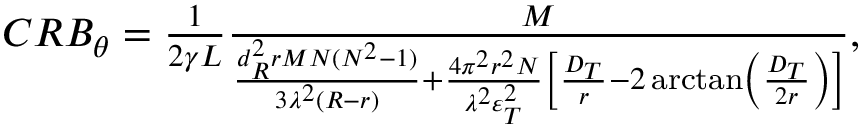
\begin{array} { r } { C R { B _ { \theta } } = \frac { 1 } { { 2 \gamma L } } \frac { M } { { \frac { { d _ { R } ^ { 2 } r M N ( { N ^ { 2 } } - 1 ) } } { { 3 { \lambda ^ { 2 } } ( R - r ) } } + \frac { { 4 { \pi ^ { 2 } } { r ^ { 2 } } N } } { { { \lambda ^ { 2 } } \varepsilon _ { T } ^ { 2 } } } \left[ { \frac { { { D _ { T } } } } { r } - 2 \arctan \left( { \frac { { { D _ { T } } } } { { 2 r } } } \right) } \right] } } , } \end{array}